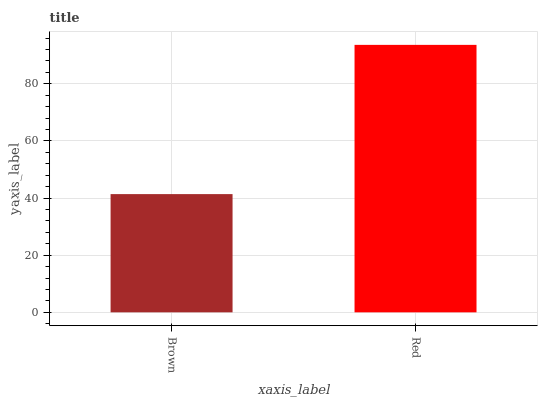
| xaxis_label | bars |
 | --- | --- |
 | Brown | 41.4 |
 | Red | 93.6 |